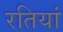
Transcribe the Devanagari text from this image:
रतियां